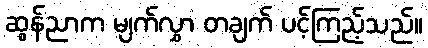
ဆွန်ညာက မျက်လွှာ တချက် ပင့်ကြည့်သည်။